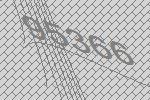
95366